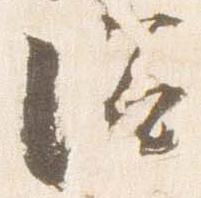
浴